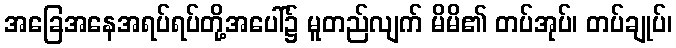
အခြေအနေအရပ်ရပ်တို့အပေါ်၌ မူတည်လျက် မိမိ၏ တပ်အုပ်၊ တပ်ချုပ်၊